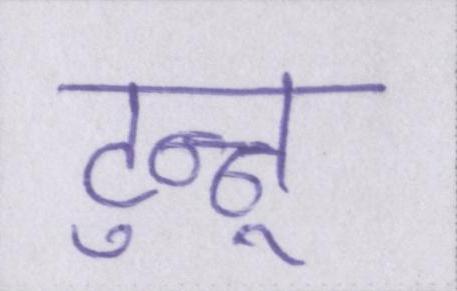
टुन्नू